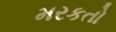
મરકતો